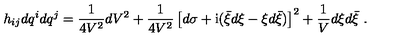
h _ { i j } d q ^ { i } d q ^ { j } = \frac { 1 } { 4 V ^ { 2 } } d V ^ { 2 } + \frac { 1 } { 4 V ^ { 2 } } \left[ d \sigma + \mathrm { i } ( \bar { \xi } d \xi - \xi d \bar { \xi } ) \right] ^ { 2 } + \frac { 1 } { V } d \xi d \bar { \xi } \ .